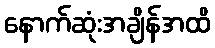
နောက်ဆုံးအချိန်အထိ